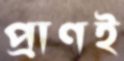
প্রাণই